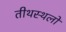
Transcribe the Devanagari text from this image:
तीथस्थलों